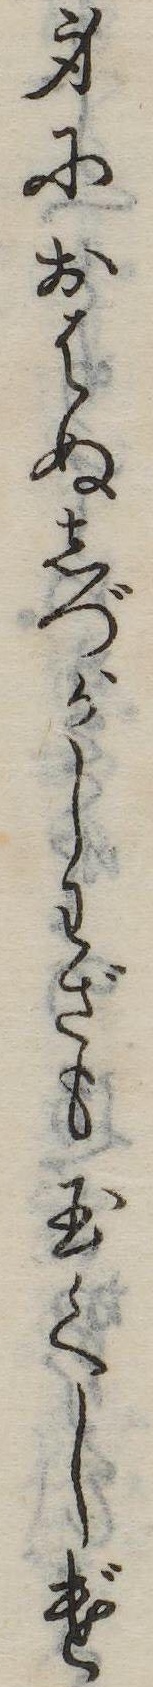
身におはぬしづがしわざも玉くしげ